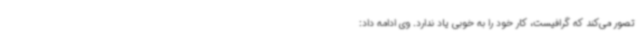
تصور می‌کند که گرافیست، کار خود را به خوبی یاد ندارد. وی ادامه داد: